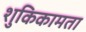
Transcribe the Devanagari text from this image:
शुकिकामता